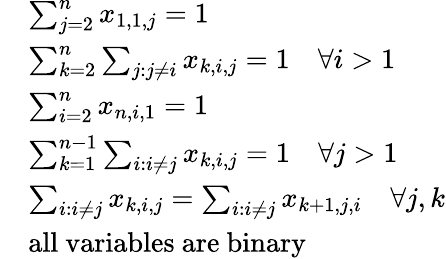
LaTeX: \begin{array}{rl}&{\sum_{j=2}^{n}x_{1,1,j}=1}\\ &{\sum_{k=2}^{n}\sum_{j:j\neq i}x_{k,i,j}=1\quad\forall i>1}\\ &{\sum_{i=2}^{n}x_{n,i,1}=1}\\ &{\sum_{k=1}^{n-1}\sum_{i:i\neq j}x_{k,i,j}=1\quad\forall j>1}\\ &{\sum_{i:i\neq j}x_{k,i,j}=\sum_{i:i\neq j}x_{k+1,j,i}\quad\forall j,k}\\ &{\mathrm{all~variables~are~binary}}\end{array}